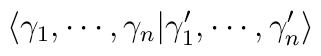
\langle \gamma_1, \cdots, \gamma_n | \gamma'_1, \cdots,\gamma'_n\rangle